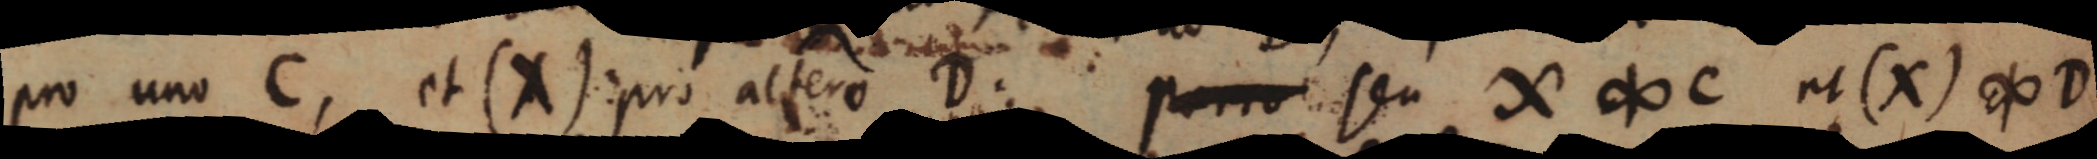
pro uno C, et (X) pro altero D. porro seu X ∞ C et (X) ∞ D